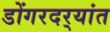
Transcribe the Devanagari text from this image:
डोंगरदर्‍यांत